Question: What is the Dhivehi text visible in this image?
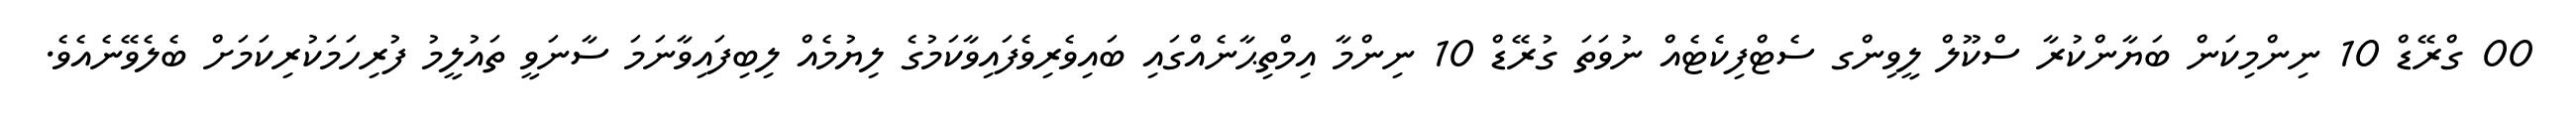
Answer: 00 ގްރޭޑް 10 ނިންމިކަން ބަޔާންކުރާ ސްކޫލް ލީވިންގ ސެޓްފިކެޓެއް ނުވަތަ ގުރޭޑް 10 ނިންމާ އިމްތިޙާނެއްގައި ބައިވެރިވެފައިވާކަމުގެ ލިޔުމެއް ލިބިފައިވާނަމަ ސާނަވީ ތައުލީމު ފުރިހަމަކުރިކަމަށް ބެލެވޭނެއެވެ.